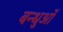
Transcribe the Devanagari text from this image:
बन्धुओँ